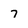
Character: 7